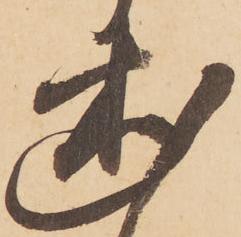
述